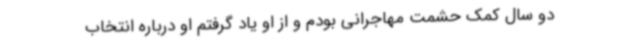
دو سال کمک حشمت مهاجرانی بودم و از او یاد گرفتم او درباره انتخاب